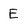
Character: E